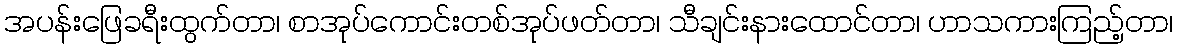
အပန်းဖြေခရီးထွက်တာ၊ စာအုပ်ကောင်းတစ်အုပ်ဖတ်တာ၊ သီချင်းနားထောင်တာ၊ ဟာသကားကြည့်တာ၊